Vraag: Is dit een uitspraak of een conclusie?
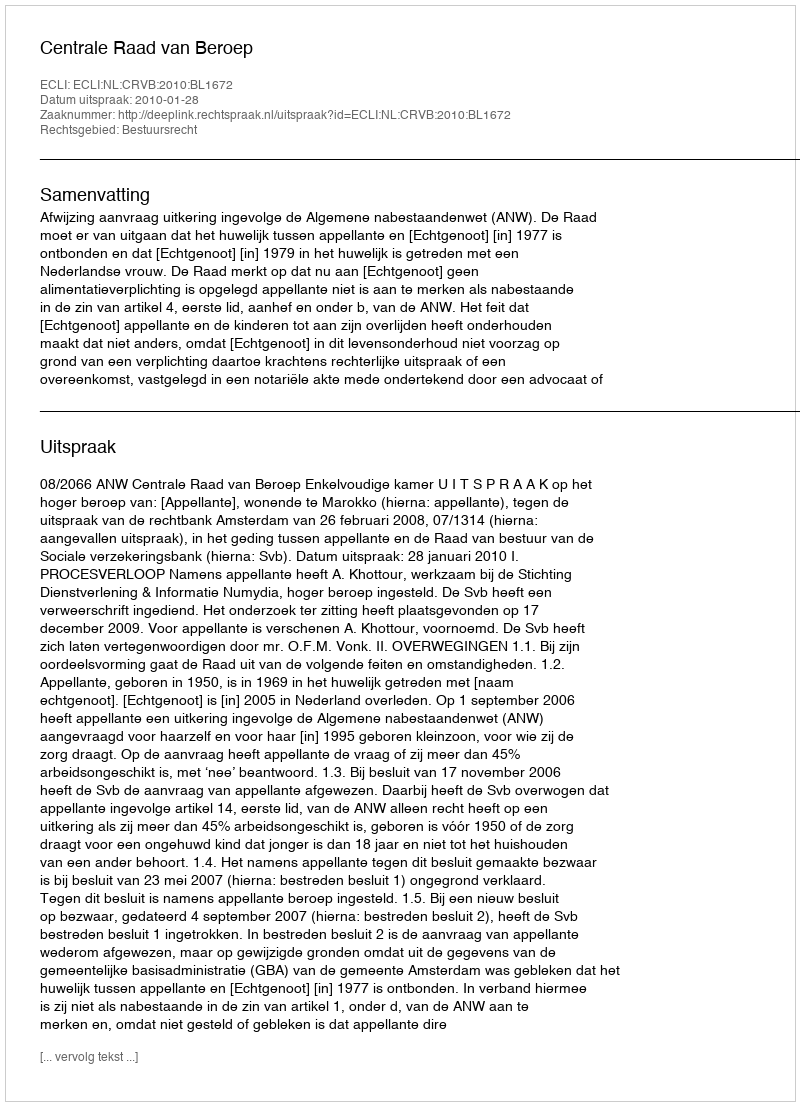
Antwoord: Uitspraak